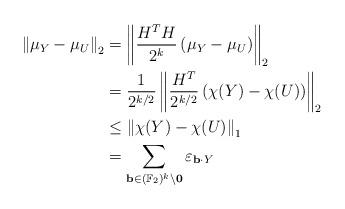
LaTeX: \begin{align*}\left\| \mu_Y - \mu_U \right\|_2& = \left\| \frac{H^T H}{2^k} \left(\mu_Y - \mu_U \right) \right\|_2\\& = \frac{1}{2^{k/2}} \left\| \frac{H^T}{2^{k/2}} \left(\chi(Y) - \chi(U) \right) \right\|_2\\& \leq \left\| \chi(Y) - \chi(U) \right\|_1\\& = \sum_{\mathbf{b} \in (\mathbb{F}_2)^k \setminus \mathbf{0}} \varepsilon_{\mathbf{b}\cdot Y}\end{align*}